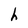
Character: h